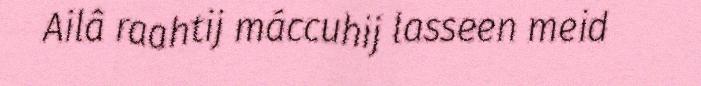
Ailâ raahtij máccuhij lasseen meid